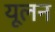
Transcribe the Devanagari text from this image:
यूलन